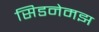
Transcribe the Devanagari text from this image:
सिडनेमझ